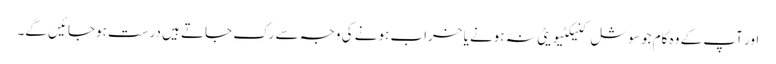
اور آپ کے وہ کام جو سوشل کنیکٹیویٹی نہ ہونے یا خراب ہونے کی وجہ سے رک جاتے ہیں درست ہوجائیں گے۔